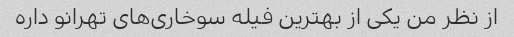
از نظر من یکی از بهترین فیله سوخاری‌های تهرانو داره